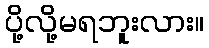
ပို့လို့မရဘူးလား။